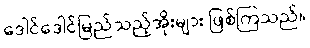
ဒေါင်ဒေါင်မြည်သည့်အိုးများ ဖြစ်ကြသည်။